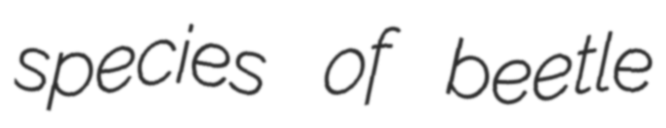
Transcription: species of beetle